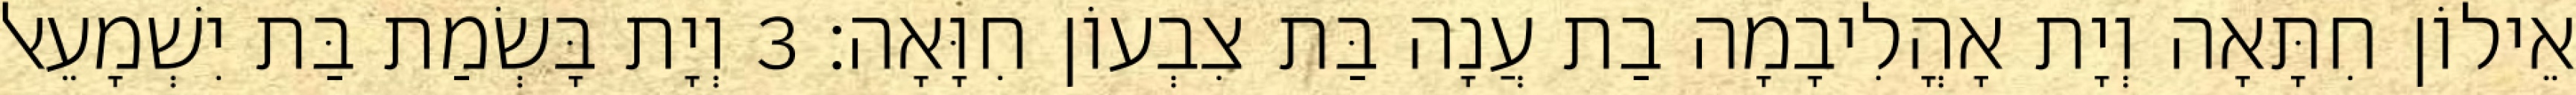
אֵילוֹן חִתָּאָה וְיָת אָהֳלִיבָמָה בַת עֲנָה בַּת צִבְעוֹן חִוָּאָה׃ 3 וְיָת בָּשְׂמַת בַּת יִשְׁמָעֵאל